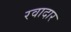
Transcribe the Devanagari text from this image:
रवादार